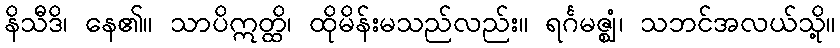
နိသီဒိ၊ နေ၏။ သာပိဣတ္ထိ၊ ထိုမိန်းမသည်လည်း။ ရင်္ဂမဇ္ဈံ၊ သဘင်အလယ်သို့။